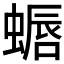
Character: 𫋏